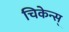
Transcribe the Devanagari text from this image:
चिकेन्स्